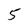
Character: 5